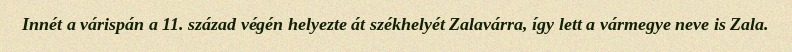
Innét a várispán a 11. század végén helyezte át székhelyét Zalavárra, így lett a vármegye neve is Zala.